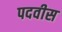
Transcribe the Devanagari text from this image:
पदवीस